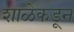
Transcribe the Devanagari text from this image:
शाळेकडून